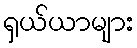
ရှယ်ယာများ